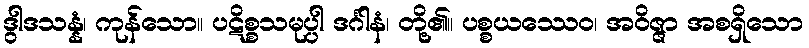
ဒွါဒသန္နံ၊ ကုန်သော။ ပဋိစ္စသမုပ္ပါ ဒင်္ဂါနံ၊ တို့၏။ ပစ္စယဿေဝ၊ အဝိဇ္ဇာ အစရှိသော